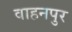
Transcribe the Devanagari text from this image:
वाहनपुर